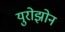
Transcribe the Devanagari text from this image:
युरोझोन